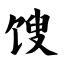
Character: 馊